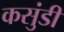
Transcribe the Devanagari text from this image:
कसुंडी